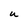
Character: u